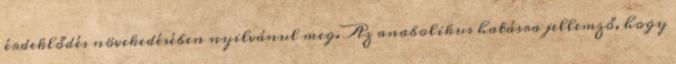
érdeklődés növekedésében nyilvánul meg. Az anabolikus hatásra jellemző, hogy